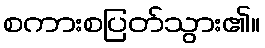
စကားစပြတ်သွား၏။